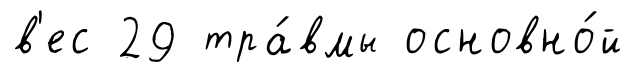
в'ес 29 тра́вмы основно́й